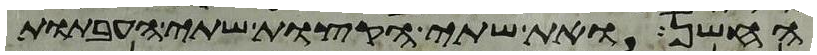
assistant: החשן ואת שתי הקצות שתי העבתות